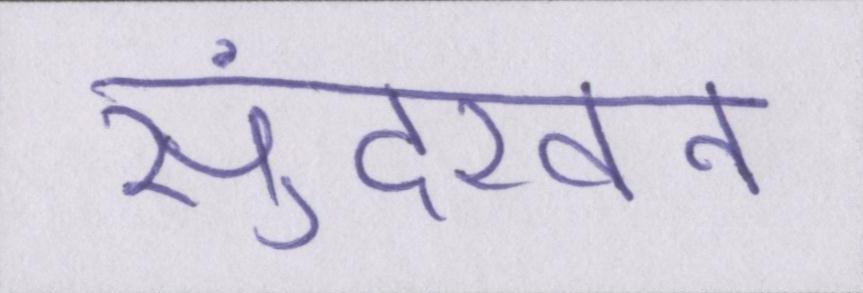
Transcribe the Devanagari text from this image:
सुंदरवन